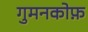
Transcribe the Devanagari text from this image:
गुमनकोफ़